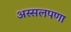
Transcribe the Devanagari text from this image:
अस्सलपणा